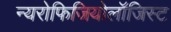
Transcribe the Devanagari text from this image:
न्यरोफिजियोलॉजिस्ट